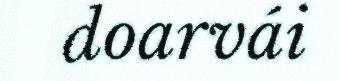
doarvái